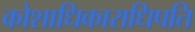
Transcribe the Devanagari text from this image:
कोशाधिकाराधिपति